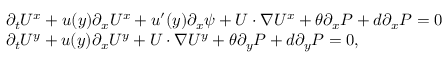
\begin{array} { r l } & { \partial _ { t } U ^ { x } + u ( y ) \partial _ { x } U ^ { x } + u ^ { \prime } ( y ) \partial _ { x } \psi + U \cdot \nabla U ^ { x } + \theta \partial _ { x } P + d \partial _ { x } P = 0 } \\ & { \partial _ { t } U ^ { y } + u ( y ) \partial _ { x } U ^ { y } + U \cdot \nabla U ^ { y } + \theta \partial _ { y } P + d \partial _ { y } P = 0 , } \end{array}